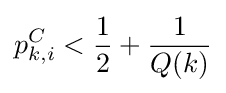
p_{k,i}^{C}<{\frac {1}{2}}+{\frac {1}{Q(k)}}